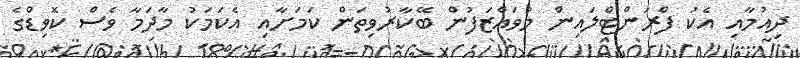
ދިއުމާއި އެކު ފްރަންޓްލައިން މުވައްޒަފުން ބޭކާރުވިތަން ކަމަށާއި އެކަމަކު މާދަމާ ވެސް ކޮވިޑްގެ